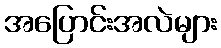
အပြောင်းအလဲများ